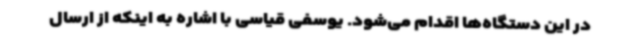
در این دستگاه‌ها اقدام می‌شود. یوسفی قیاسی با اشاره به اینکه از ارسال